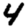
Digit: 4